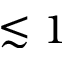
\lesssim 1